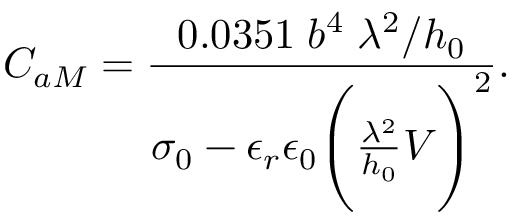
C _ { a M } = \frac { 0 . 0 3 5 1 \; b ^ { 4 } \; \lambda ^ { 2 } / h _ { 0 } } { \sigma _ { 0 } - \epsilon _ { r } \epsilon _ { 0 } \Bigg ( \frac { \lambda ^ { 2 } } { h _ { 0 } } V \Bigg ) ^ { 2 } } .